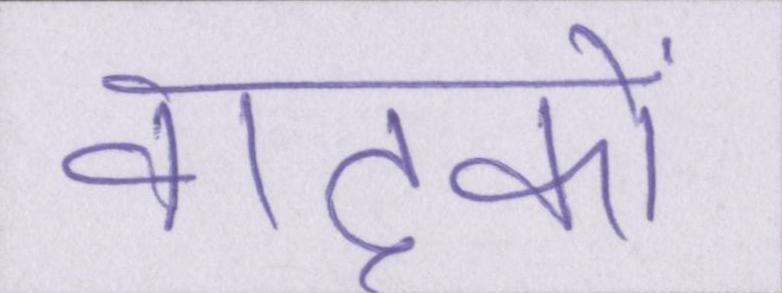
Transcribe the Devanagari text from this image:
वादकों